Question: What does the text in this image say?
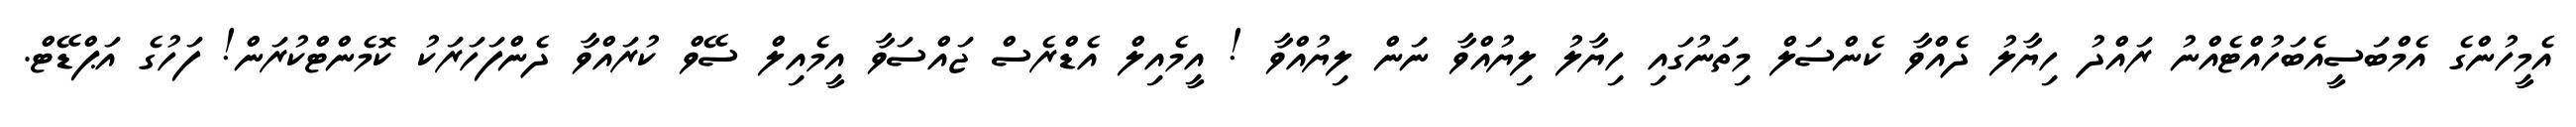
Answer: އެމީހުންގެ އެމްބަސީއެބަހުއްޓެއްނު ރައްދު ހިޔާލު ދެއްވާ ކެންސަލް މިތަނުގައި ހިޔާލު ލިޔުއްވާ ނަން ލިޔުއްވާ ! އީމެއިލް އެޑްރެސް ޖައްސަވާ އީމެއިލް ސޭވް ކުރައްވާ ދެންފަހަރަކު ކޮމެންޓްކުރަން! ފަހުގެ އަޕްޑޭޓް.